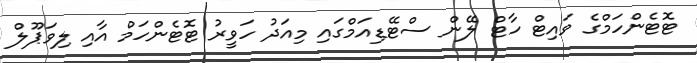
ޓޮޓެންހަމްގެ ވައިޓް ހާޓް ލޭން ސްޓޭޑިއަމްގައި މިއަދު ހަވީރު ޓޮޓެންހަމް އާއި ލިވަޕޫލް